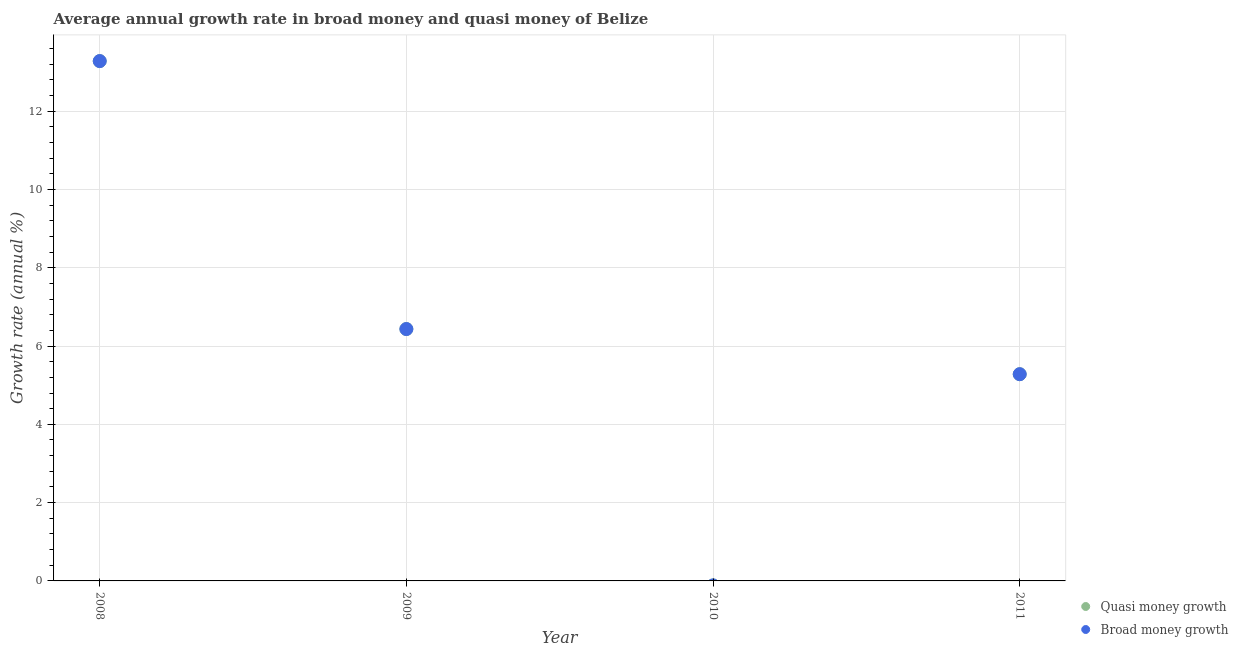
| Year | Quasi money growth | Broad money growth |
 | --- | --- | --- |
 | 2008 | 13.3 | 13.3 |
 | 2009 | 6.43 | 6.43 |
 | 2010 | -0.114 | -0.114 |
 | 2011 | 5.28 | 5.28 |